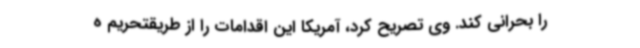
را بحرانی کند. وی تصریح کرد، آمریکا این اقدامات را از طریقتحریم ه